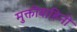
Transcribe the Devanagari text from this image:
मुक्तीबाहिनी